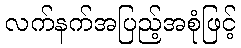
လက်နက်အပြည့်အစုံဖြင့်